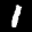
Label: 1